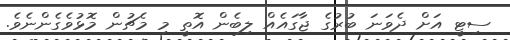
ސިޓީ އަށް ދެވަނަ ބުރުގެ ޖާގައެއް ލިބެން އޮތީ މި މެޗުން މޮޅުވެގެންނެވެ.